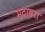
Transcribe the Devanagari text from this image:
मदाइरा